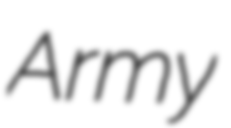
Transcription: Army